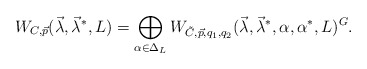
\begin{align*}W_{C, \vec{p}}(\vec{\lambda}, \vec{\lambda}^*, L) = \bigoplus_{\alpha \in \Delta_L } W_{\tilde{C}, \vec{p}, q_1, q_2}(\vec{\lambda}, \vec{\lambda}^*, \alpha, \alpha^*, L)^G.\\\end{align*}